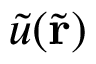
\tilde { u } ( \tilde { \mathbf { r } } )